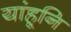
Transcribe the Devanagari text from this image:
यांहूनि